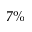
7 \%